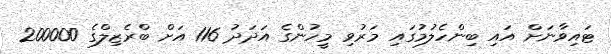
ޓައިވާނަށް އައި ބިންހެލުމުގައި މަރުވި މީހުންގެ އަދަދު 116 އަށް ބްރެޒިލްގެ 200000